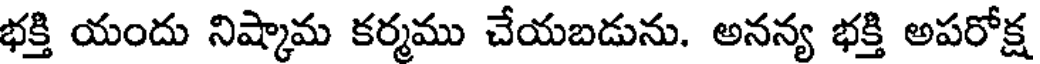
భక్తి యందు నిష్కామ కర్మము చేయబడును. అనన్య భక్తి అపరోక్ష